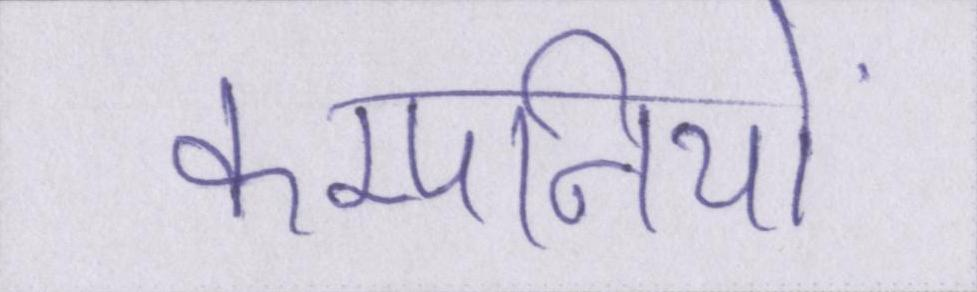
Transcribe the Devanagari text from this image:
कम्पनियों